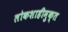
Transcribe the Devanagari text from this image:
लोकशाहीमुक्त